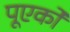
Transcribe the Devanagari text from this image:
पूएर्को